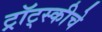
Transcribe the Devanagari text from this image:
ट्रॉट्स्कीचे